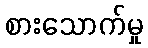
စားသောက်မှု